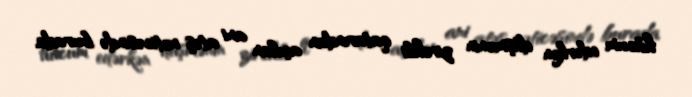
hücum edərkən düşmənin zirehli qatarından açılan ani atəş nəticəsində burada